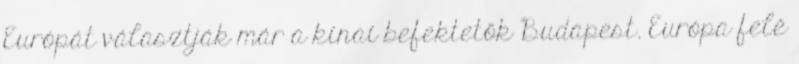
Európát választják már a kínai befektetők Budapest. Európa felé